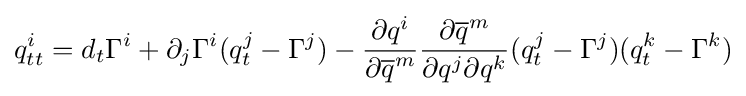
q_{tt}^{i}=d_{t}\Gamma ^{i}+\partial _{j}\Gamma ^{i}(q_{t}^{j}-\Gamma ^{j})-{\frac {\partial q^{i}}{\partial {\overline {q}}^{m}}}{\frac {\partial {\overline {q}}^{m}}{\partial q^{j}\partial q^{k}}}(q_{t}^{j}-\Gamma ^{j})(q_{t}^{k}-\Gamma ^{k})